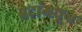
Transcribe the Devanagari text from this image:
बेटांमधून